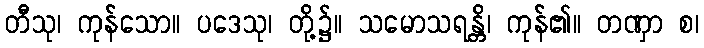
တီသု၊ ကုန်သော။ ပဒေသု၊ တို့၌။ သမောသရန္တိ၊ ကုန်၏။ တဏှာ စ၊